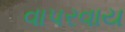
વાપરવાય